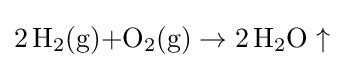
{2\,\mathrm {H} {\vphantom {A}}_{\smash[{t}]{2}}(\mathrm {g} ){\text{+}}\mathrm {O} {\vphantom {A}}_{\smash[{t}]{2}}(\mathrm {g} )\rightarrow 2\,\mathrm {H} {\vphantom {A}}_{\smash[{t}]{2}}\mathrm {O} \uparrow }